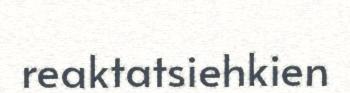
reaktatsiehkien